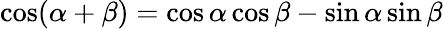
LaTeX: \cos(\alpha+\beta)=\cos\alpha\cos\beta-\sin\alpha\sin\beta